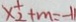
\times \frac { 1 } { 2 } + m = - 1 1